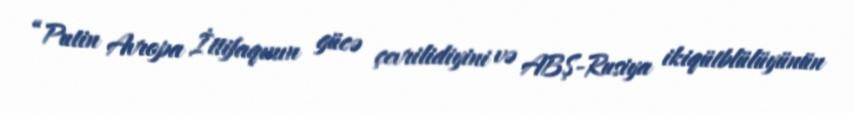
“Putin Avropa İttifaqının gücə çevrilidiyini və ABŞ-Rusiya ikiqütblülüyünün